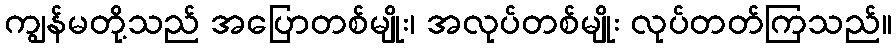
ကျွန်မတို့သည် အပြောတစ်မျိုး၊ အလုပ်တစ်မျိုး လုပ်တတ်ကြသည်။